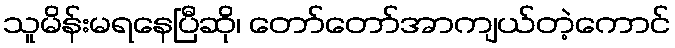
သူမိန်းမရနေပြီဆို၊ တော်တော်အာကျယ်တဲ့ကောင်